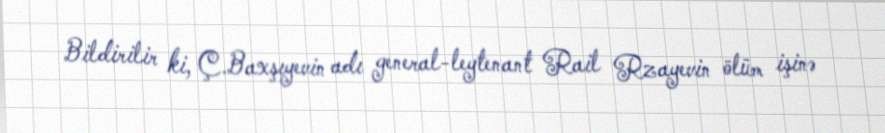
Bildirilir ki, Ç.Baxşıyevin adı general-leytenant Rail Rzayevin ölüm işinə